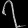
Digit: ၇